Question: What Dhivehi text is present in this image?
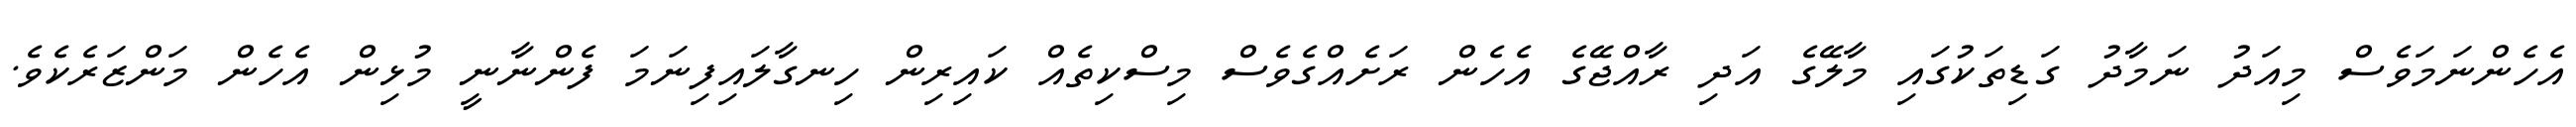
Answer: އެހެންނަމަވެސް މިއަދު ނަމާދު ގަޑިތަކުގައި މާލޭގެ އަދި ރާއްޖޭގެ އެހެން ރަށެއްގެވެސް މިސްކިތެއް ކައިރިން ހިނގާލައިފިނަމަ ފެންނާނީ މުޅިން އެހެން މަންޒަރެކެވެ.